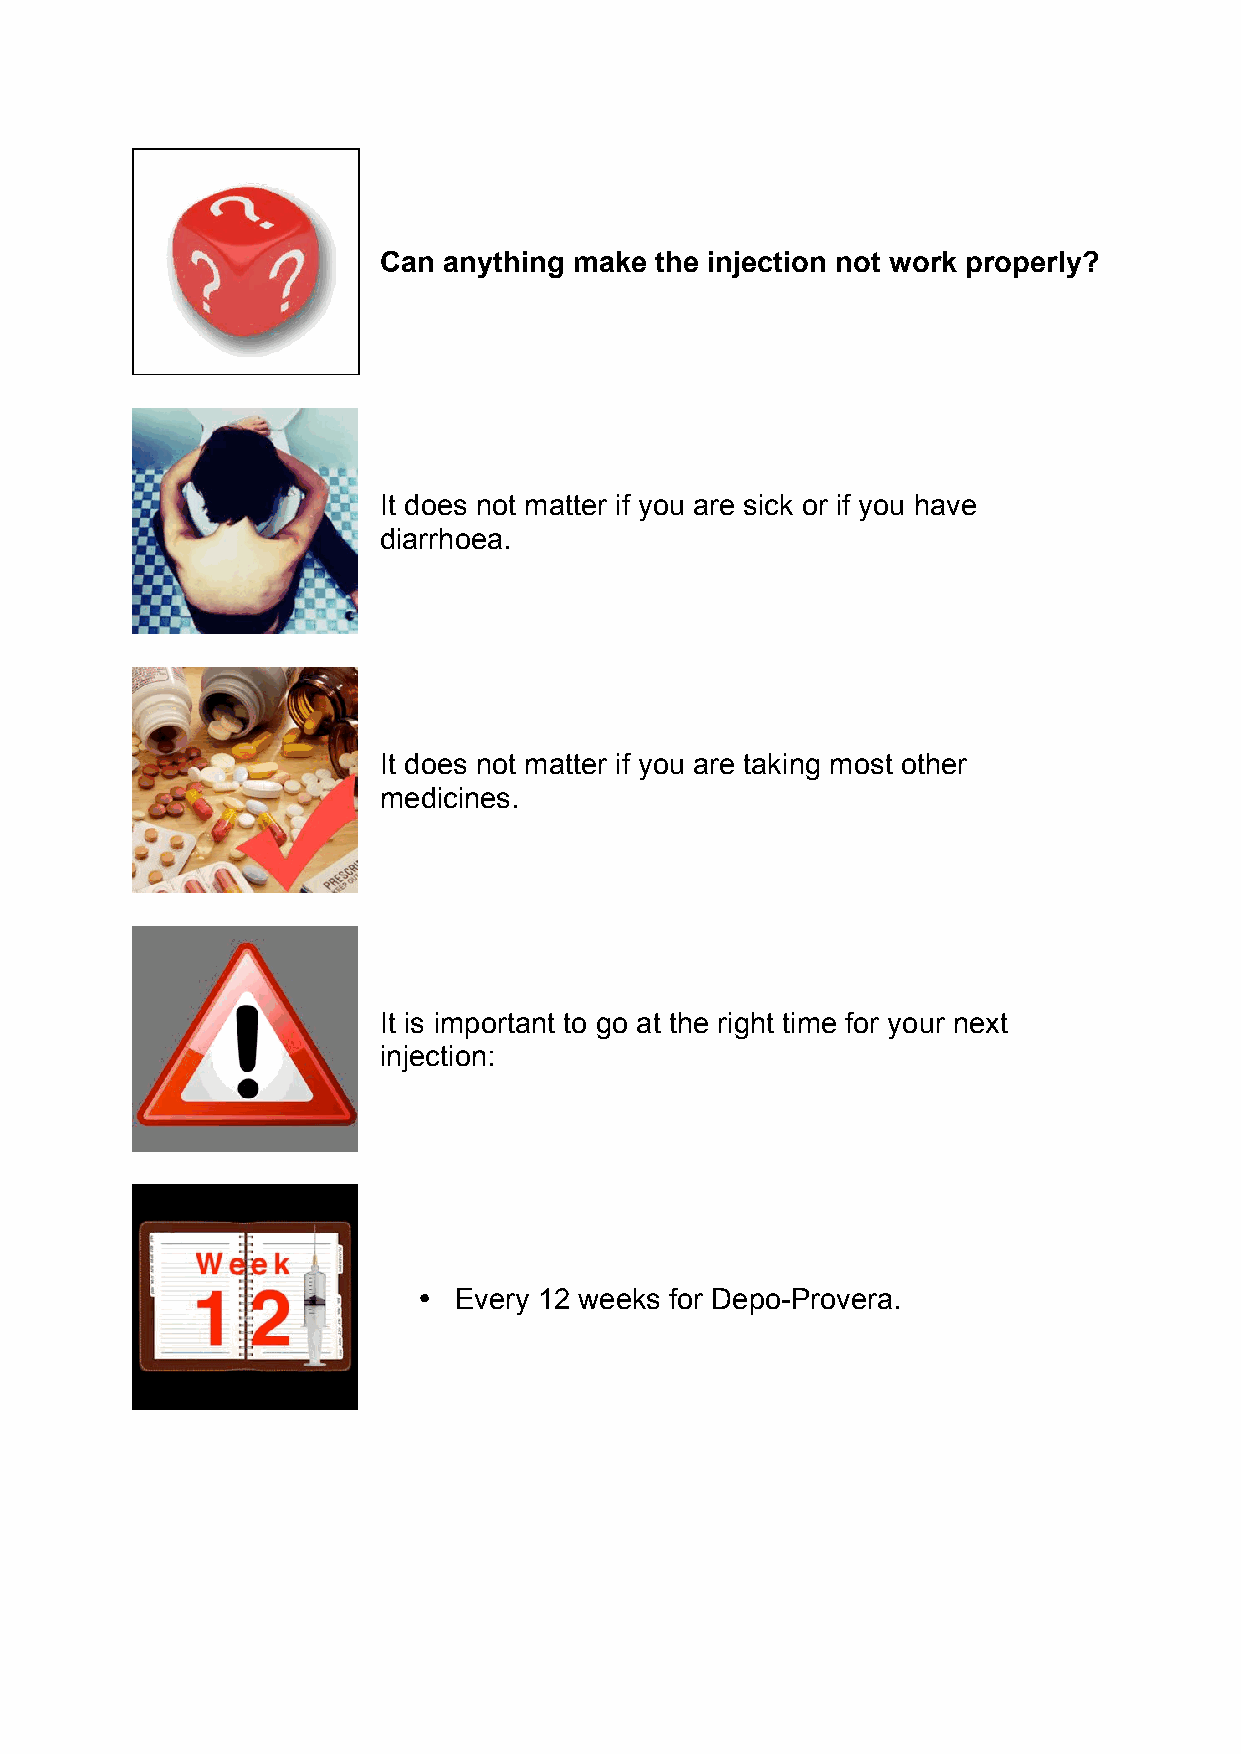
Can anything make the injection not work properly?
 It does not matter if you are sick or if you have
 diarrhoea.
 It does not matter if you are taking most other
 medicines.
 It is important to go at the right time for your next
 injection:
 • Every 12 weeks for Depo-Provera.